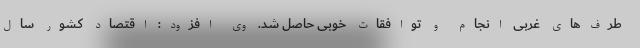
طرف‌های غربی انجام و توافقات خوبی حاصل شد. وی افزود: اقتصاد کشور سال